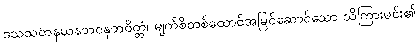
ဒသသတနယနဘဝနုဘဝိတ္တံ၊ မျက်စိတစ်ထောင်အမြင်ဆောင်သော သိကြားမင်း၏